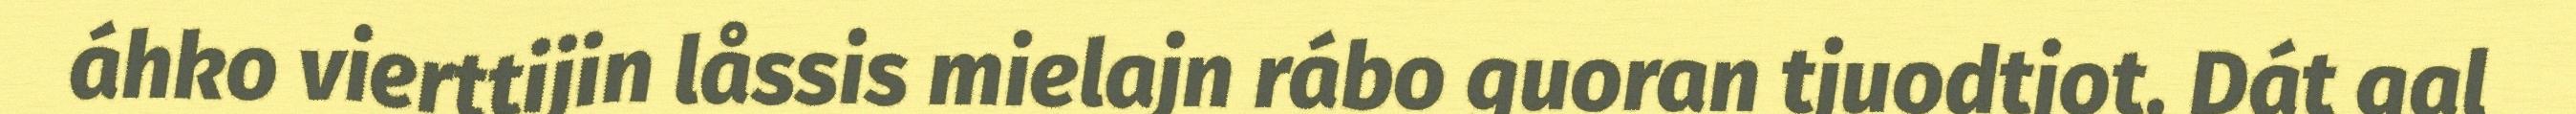
áhko vierttijin låssis mielajn rábo guoran tjuodtjot. Dát gal